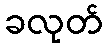
ခလုတ်